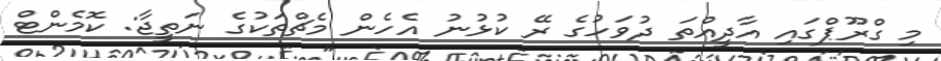
މި ގްރޫޕްގައި އާދީއްތަ ދުވަހުގެ ރޭ ކުޅުނު އެހެން މެޗްތަކުގެ ނަތީޖާ: ކޮމެންޓް